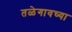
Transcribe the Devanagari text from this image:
तळेगावच्या